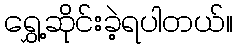
ရွှေ့ဆိုင်းခဲ့ရပါတယ်။